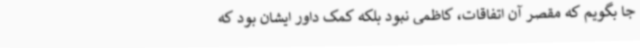
جا بگویم که مقصر آن اتفاقات، کاظمی نبود بلکه کمک داور ایشان بود که